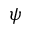
\psi